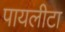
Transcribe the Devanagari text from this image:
पायलीटा